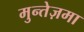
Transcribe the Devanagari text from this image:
मुन्तेज़मा